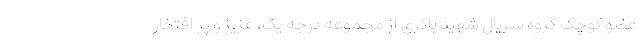
عضو کوچک گروه سریال شهید باکری از مجموعه درجه یک، عزیز و پر افتخار